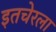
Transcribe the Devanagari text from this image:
इतचेरला